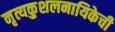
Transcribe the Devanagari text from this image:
नृत्यकुशलनायिकेची